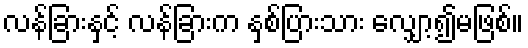
လန်ခြားနှင့် လန်ခြားက နှစ်ပြားသား လျှော့၍မဖြစ်။